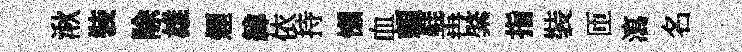
湫裝除雄煙緯依持懒血頼鞋再綮指裝匝瀉名